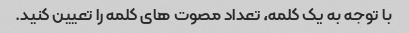
با توجه به یک کلمه، تعداد مصوت های کلمه را تعیین کنید.